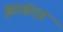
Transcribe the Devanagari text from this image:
झरखंदड